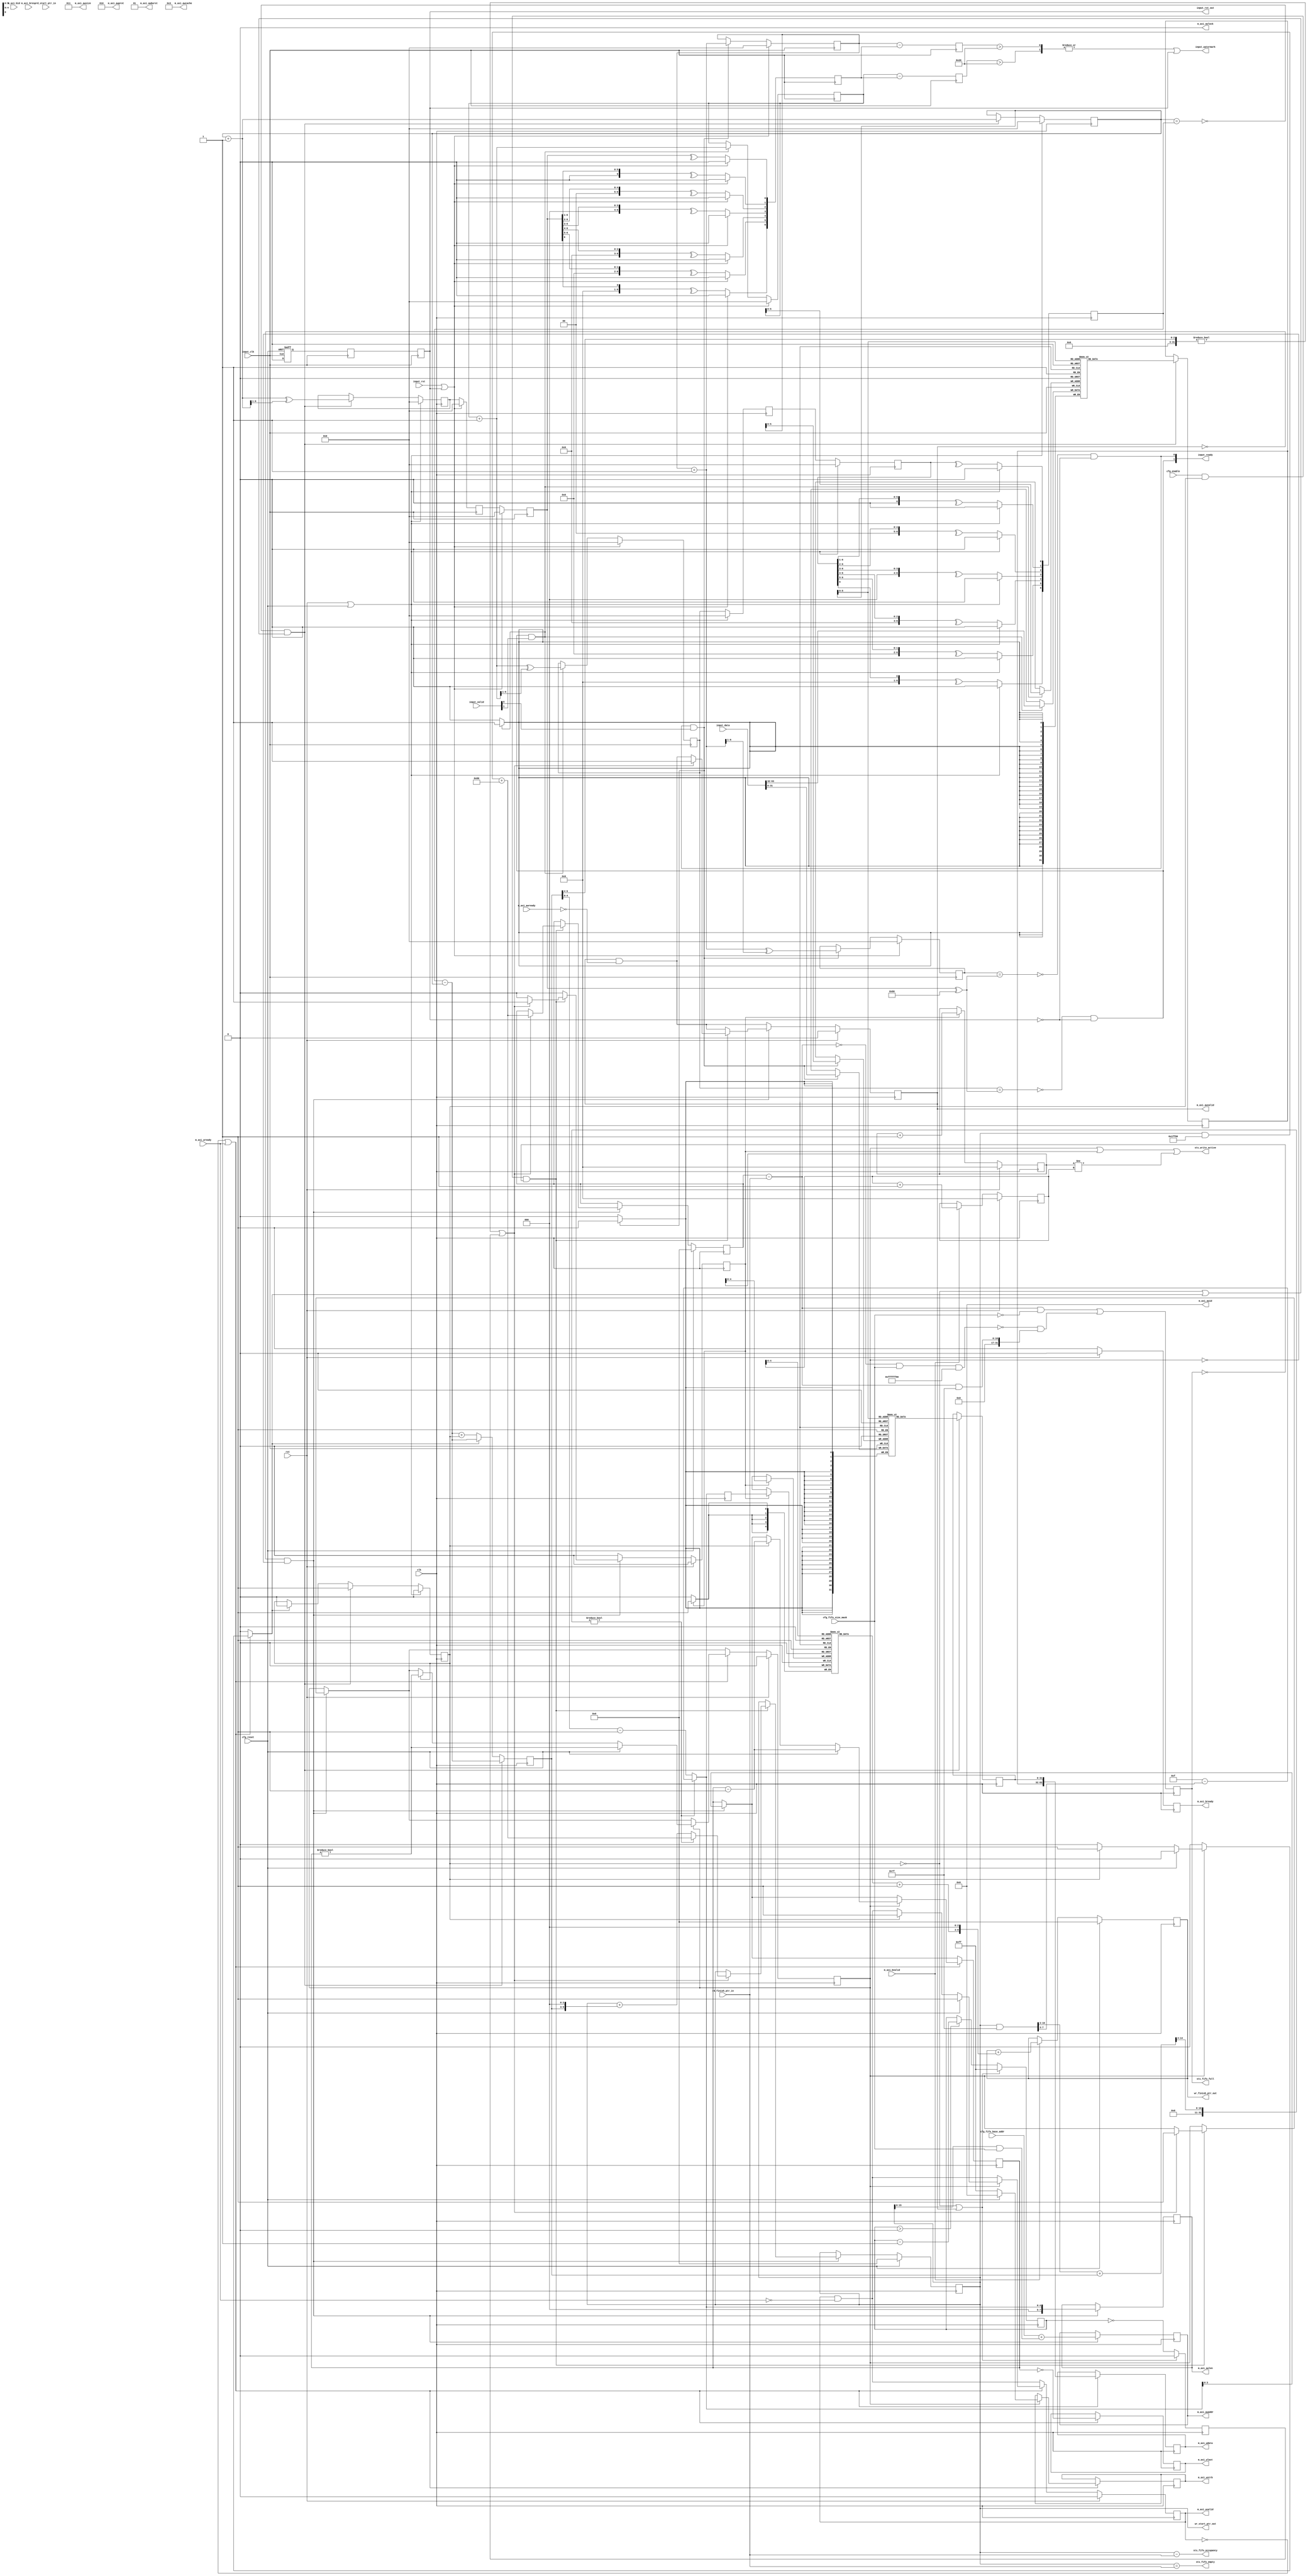
/*

Copyright (c) 2023 Alex Forencich

Permission is hereby granted, free of charge, to any person obtaining a copy
of this software and associated documentation files (the "Software"), to deal
in the Software without restriction, including without limitation the rights
to use, copy, modify, merge, publish, distribute, sublicense, and/or sell
copies of the Software, and to permit persons to whom the Software is
furnished to do so, subject to the following conditions:

The above copyright notice and this permission notice shall be included in
all copies or substantial portions of the Software.

THE SOFTWARE IS PROVIDED "AS IS", WITHOUT WARRANTY OF ANY KIND, EXPRESS OR
IMPLIED, INCLUDING BUT NOT LIMITED TO THE WARRANTIES OF MERCHANTABILITY
FITNESS FOR A PARTICULAR PURPOSE AND NONINFRINGEMENT. IN NO EVENT SHALL THE
AUTHORS OR COPYRIGHT HOLDERS BE LIABLE FOR ANY CLAIM, DAMAGES OR OTHER
LIABILITY, WHETHER IN AN ACTION OF CONTRACT, TORT OR OTHERWISE, ARISING FROM,
OUT OF OR IN CONNECTION WITH THE SOFTWARE OR THE USE OR OTHER DEALINGS IN
THE SOFTWARE.

*/

// Language: Verilog 2001

`resetall
`timescale 1ns / 1ps
`default_nettype none

/*
 * AXI4 virtual FIFO (raw, write side)
 */
module axi_vfifo_raw_wr #
(
    // Width of input segment
    parameter SEG_WIDTH = 32,
    // Segment count
    parameter SEG_CNT = 2,
    // Width of AXI data bus in bits
    parameter AXI_DATA_WIDTH = SEG_WIDTH*SEG_CNT,
    // Width of AXI address bus in bits
    parameter AXI_ADDR_WIDTH = 16,
    // Width of AXI wstrb (width of data bus in words)
    parameter AXI_STRB_WIDTH = (AXI_DATA_WIDTH/8),
    // Width of AXI ID signal
    parameter AXI_ID_WIDTH = 8,
    // Maximum AXI burst length to generate
    parameter AXI_MAX_BURST_LEN = 16,
    // Width of length field
    parameter LEN_WIDTH = AXI_ADDR_WIDTH,
    // Input FIFO depth for AXI write data (full-width words)
    parameter WRITE_FIFO_DEPTH = 64,
    // Max AXI write burst length
    parameter WRITE_MAX_BURST_LEN = WRITE_FIFO_DEPTH/4,
    // Watermark level
    parameter WATERMARK_LEVEL = WRITE_FIFO_DEPTH/2
)
(
    input  wire                          clk,
    input  wire                          rst,

    /*
     * Segmented data input (from encode logic)
     */
    input  wire                          input_clk,
    input  wire                          input_rst,
    output wire                          input_rst_out,
    output wire                          input_watermark,
    input  wire [SEG_CNT*SEG_WIDTH-1:0]  input_data,
    input  wire [SEG_CNT-1:0]            input_valid,
    output wire [SEG_CNT-1:0]            input_ready,

    /*
     * AXI master interface
     */
    output wire [AXI_ID_WIDTH-1:0]       m_axi_awid,
    output wire [AXI_ADDR_WIDTH-1:0]     m_axi_awaddr,
    output wire [7:0]                    m_axi_awlen,
    output wire [2:0]                    m_axi_awsize,
    output wire [1:0]                    m_axi_awburst,
    output wire                          m_axi_awlock,
    output wire [3:0]                    m_axi_awcache,
    output wire [2:0]                    m_axi_awprot,
    output wire                          m_axi_awvalid,
    input  wire                          m_axi_awready,
    output wire [AXI_DATA_WIDTH-1:0]     m_axi_wdata,
    output wire [AXI_STRB_WIDTH-1:0]     m_axi_wstrb,
    output wire                          m_axi_wlast,
    output wire                          m_axi_wvalid,
    input  wire                          m_axi_wready,
    input  wire [AXI_ID_WIDTH-1:0]       m_axi_bid,
    input  wire [1:0]                    m_axi_bresp,
    input  wire                          m_axi_bvalid,
    output wire                          m_axi_bready,

    /*
     * FIFO control
     */
    output wire [LEN_WIDTH+1-1:0]        wr_start_ptr_out,
    output wire [LEN_WIDTH+1-1:0]        wr_finish_ptr_out,
    input  wire [LEN_WIDTH+1-1:0]        rd_start_ptr_in,
    input  wire [LEN_WIDTH+1-1:0]        rd_finish_ptr_in,

    /*
     * Configuration
     */
    input  wire [AXI_ADDR_WIDTH-1:0]     cfg_fifo_base_addr,
    input  wire [LEN_WIDTH-1:0]          cfg_fifo_size_mask,
    input  wire                          cfg_enable,
    input  wire                          cfg_reset,

    /*
     * Status
     */
    output wire [LEN_WIDTH+1-1:0]        sts_fifo_occupancy,
    output wire                          sts_fifo_empty,
    output wire                          sts_fifo_full,
    output wire                          sts_write_active
);

localparam AXI_BYTE_LANES = AXI_STRB_WIDTH;
localparam AXI_BYTE_SIZE = AXI_DATA_WIDTH/AXI_BYTE_LANES;
localparam AXI_BURST_SIZE = $clog2(AXI_STRB_WIDTH);
localparam AXI_MAX_BURST_SIZE = AXI_MAX_BURST_LEN << AXI_BURST_SIZE;

localparam OFFSET_ADDR_WIDTH = AXI_STRB_WIDTH > 1 ? $clog2(AXI_STRB_WIDTH) : 1;
localparam OFFSET_ADDR_MASK = AXI_STRB_WIDTH > 1 ? {OFFSET_ADDR_WIDTH{1'b1}} : 0;
localparam ADDR_MASK = {AXI_ADDR_WIDTH{1'b1}} << $clog2(AXI_STRB_WIDTH);
localparam CYCLE_COUNT_WIDTH = LEN_WIDTH - AXI_BURST_SIZE + 1;

localparam WRITE_FIFO_ADDR_WIDTH = $clog2(WRITE_FIFO_DEPTH);
localparam RESP_FIFO_ADDR_WIDTH = 5;

// mask(x) = (2**$clog2(x))-1
// log2(min(x, y, z)) = (mask & mask & mask)+1
// floor(log2(x)) = $clog2(x+1)-1
// floor(log2(min(AXI_MAX_BURST_LEN, WRITE_MAX_BURST_LEN, 2**(WRITE_FIFO_ADDR_WIDTH-1), 4096/AXI_BYTE_LANES)))
localparam WRITE_MAX_BURST_LEN_INT = ((2**($clog2(AXI_MAX_BURST_LEN+1)-1)-1) & (2**($clog2(WRITE_MAX_BURST_LEN+1)-1)-1) & (2**(WRITE_FIFO_ADDR_WIDTH-1)-1) & ((4096/AXI_BYTE_LANES)-1)) + 1;
localparam WRITE_MAX_BURST_SIZE_INT = WRITE_MAX_BURST_LEN_INT << AXI_BURST_SIZE;
localparam WRITE_BURST_LEN_WIDTH = $clog2(WRITE_MAX_BURST_LEN_INT);
localparam WRITE_BURST_ADDR_WIDTH = $clog2(WRITE_MAX_BURST_SIZE_INT);
localparam WRITE_BURST_ADDR_MASK = WRITE_BURST_ADDR_WIDTH > 1 ? {WRITE_BURST_ADDR_WIDTH{1'b1}} : 0;

// validate parameters
initial begin
    if (AXI_BYTE_SIZE * AXI_STRB_WIDTH != AXI_DATA_WIDTH) begin
        $error("Error: AXI data width not evenly divisible (instance %m)");
        $finish;
    end

    if (2**$clog2(AXI_BYTE_LANES) != AXI_BYTE_LANES) begin
        $error("Error: AXI byte lane count must be even power of two (instance %m)");
        $finish;
    end

    if (AXI_MAX_BURST_LEN < 1 || AXI_MAX_BURST_LEN > 256) begin
        $error("Error: AXI_MAX_BURST_LEN must be between 1 and 256 (instance %m)");
        $finish;
    end

    if (SEG_CNT * SEG_WIDTH != AXI_DATA_WIDTH) begin
        $error("Error: Width mismatch (instance %m)");
        $finish;
    end
end

localparam [1:0]
    AXI_RESP_OKAY = 2'b00,
    AXI_RESP_EXOKAY = 2'b01,
    AXI_RESP_SLVERR = 2'b10,
    AXI_RESP_DECERR = 2'b11;

reg [AXI_ADDR_WIDTH-1:0] m_axi_awaddr_reg = {AXI_ADDR_WIDTH{1'b0}}, m_axi_awaddr_next;
reg [7:0] m_axi_awlen_reg = 8'd0, m_axi_awlen_next;
reg m_axi_awvalid_reg = 1'b0, m_axi_awvalid_next;
reg [AXI_DATA_WIDTH-1:0] m_axi_wdata_reg = {AXI_DATA_WIDTH{1'b0}}, m_axi_wdata_next;
reg [AXI_STRB_WIDTH-1:0] m_axi_wstrb_reg = {AXI_STRB_WIDTH{1'b0}}, m_axi_wstrb_next;
reg m_axi_wlast_reg = 1'b0, m_axi_wlast_next;
reg m_axi_wvalid_reg = 1'b0, m_axi_wvalid_next;
reg m_axi_bready_reg = 1'b0, m_axi_bready_next;

assign m_axi_awid = {AXI_ID_WIDTH{1'b0}};
assign m_axi_awaddr = m_axi_awaddr_reg;
assign m_axi_awlen = m_axi_awlen_reg;
assign m_axi_awsize = AXI_BURST_SIZE;
assign m_axi_awburst = 2'b01;
assign m_axi_awlock = 1'b0;
assign m_axi_awcache = 4'b0011;
assign m_axi_awprot = 3'b010;
assign m_axi_awvalid = m_axi_awvalid_reg;
assign m_axi_wdata = m_axi_wdata_reg;
assign m_axi_wstrb = m_axi_wstrb_reg;
assign m_axi_wvalid = m_axi_wvalid_reg;
assign m_axi_wlast = m_axi_wlast_reg;
assign m_axi_bready = m_axi_bready_reg;

// reset synchronization
wire rst_req_int = cfg_reset;

(* shreg_extract = "no" *)
reg rst_sync_1_reg = 1'b1,  rst_sync_2_reg = 1'b1, rst_sync_3_reg = 1'b1;

assign input_rst_out = rst_sync_3_reg;

always @(posedge input_clk or posedge rst_req_int) begin
    if (rst_req_int) begin
        rst_sync_1_reg <= 1'b1;
    end else begin
        rst_sync_1_reg <= 1'b0;
    end
end

always @(posedge input_clk) begin
    rst_sync_2_reg <= rst_sync_1_reg;
    rst_sync_3_reg <= rst_sync_2_reg;
end

// input datapath logic (write data)
wire [AXI_DATA_WIDTH-1:0] input_data_int;
reg input_valid_int_reg = 1'b0;

reg input_read_en;

wire [WRITE_FIFO_ADDR_WIDTH+1-1:0] write_fifo_wr_ptr;
wire [WRITE_FIFO_ADDR_WIDTH+1-1:0] write_fifo_wr_ptr_gray;
reg [WRITE_FIFO_ADDR_WIDTH+1-1:0] write_fifo_rd_ptr_reg = 0;
reg [WRITE_FIFO_ADDR_WIDTH+1-1:0] write_fifo_rd_ptr_gray_reg = 0;

reg [WRITE_FIFO_ADDR_WIDTH+1-1:0] write_fifo_rd_ptr_temp;

(* shreg_extract = "no" *)
reg [WRITE_FIFO_ADDR_WIDTH+1-1:0] write_fifo_wr_ptr_gray_sync_1_reg = 0;
(* shreg_extract = "no" *)
reg [WRITE_FIFO_ADDR_WIDTH+1-1:0] write_fifo_wr_ptr_gray_sync_2_reg = 0;
reg [WRITE_FIFO_ADDR_WIDTH+1-1:0] write_fifo_wr_ptr_sync_reg = 0;

(* shreg_extract = "no" *)
reg [WRITE_FIFO_ADDR_WIDTH+1-1:0] write_fifo_rd_ptr_gray_sync_1_reg = 0;
(* shreg_extract = "no" *)
reg [WRITE_FIFO_ADDR_WIDTH+1-1:0] write_fifo_rd_ptr_gray_sync_2_reg = 0;
reg [WRITE_FIFO_ADDR_WIDTH+1-1:0] write_fifo_rd_ptr_sync_reg = 0;

reg [WRITE_FIFO_ADDR_WIDTH+1-1:0] write_fifo_occupancy_reg = 0;

wire [SEG_CNT-1:0] write_fifo_seg_full;
wire [SEG_CNT-1:0] write_fifo_seg_empty;
wire [SEG_CNT-1:0] write_fifo_seg_watermark;

wire write_fifo_full = |write_fifo_seg_full;
wire write_fifo_empty = |write_fifo_seg_empty;

assign input_watermark = |write_fifo_seg_watermark | input_rst_out;

genvar n;
integer k;

generate

for (n = 0; n < SEG_CNT; n = n + 1) begin : write_fifo_seg

    reg [WRITE_FIFO_ADDR_WIDTH+1-1:0] seg_wr_ptr_reg = 0;
    reg [WRITE_FIFO_ADDR_WIDTH+1-1:0] seg_wr_ptr_gray_reg = 0;

    reg [WRITE_FIFO_ADDR_WIDTH+1-1:0] seg_wr_ptr_temp;

    reg [WRITE_FIFO_ADDR_WIDTH+1-1:0] seg_occupancy_reg = 0;

    (* ram_style = "distributed", ramstyle = "no_rw_check, mlab" *)
    reg [SEG_WIDTH-1:0] seg_mem_data[2**WRITE_FIFO_ADDR_WIDTH-1:0];

    reg [SEG_WIDTH-1:0] seg_rd_data_reg = 0;

    wire seg_full = seg_wr_ptr_gray_reg == (write_fifo_rd_ptr_gray_sync_2_reg ^ {2'b11, {WRITE_FIFO_ADDR_WIDTH-1{1'b0}}});
    wire seg_empty = write_fifo_rd_ptr_reg == write_fifo_wr_ptr_sync_reg;
    wire seg_watermark = seg_occupancy_reg > WATERMARK_LEVEL;

    assign input_data_int[n*SEG_WIDTH +: SEG_WIDTH] = seg_rd_data_reg;

    assign input_ready[n] = !seg_full && !input_rst_out;

    assign write_fifo_seg_full[n] = seg_full;
    assign write_fifo_seg_empty[n] = seg_empty;
    assign write_fifo_seg_watermark[n] = seg_watermark;

    if (n == SEG_CNT-1) begin
        assign write_fifo_wr_ptr = seg_wr_ptr_reg;
        assign write_fifo_wr_ptr_gray = seg_wr_ptr_gray_reg;
    end

    // per-segment write logic
    always @(posedge input_clk) begin
        seg_occupancy_reg <= seg_wr_ptr_reg - write_fifo_rd_ptr_sync_reg;

        if (input_ready[n] && input_valid[n]) begin
            seg_mem_data[seg_wr_ptr_reg[WRITE_FIFO_ADDR_WIDTH-1:0]] <= input_data[n*SEG_WIDTH +: SEG_WIDTH];

            seg_wr_ptr_temp = seg_wr_ptr_reg + 1;
            seg_wr_ptr_reg <= seg_wr_ptr_temp;
            seg_wr_ptr_gray_reg <= seg_wr_ptr_temp ^ (seg_wr_ptr_temp >> 1);
        end

        if (input_rst || input_rst_out) begin
            seg_wr_ptr_reg <= 0;
            seg_wr_ptr_gray_reg <= 0;
        end
    end

    always @(posedge clk) begin
        if (!write_fifo_empty && (!input_valid_int_reg || input_read_en)) begin
            seg_rd_data_reg <= seg_mem_data[write_fifo_rd_ptr_reg[WRITE_FIFO_ADDR_WIDTH-1:0]];
        end
    end

end

endgenerate

// pointer synchronization
always @(posedge input_clk) begin
    write_fifo_rd_ptr_gray_sync_1_reg <= write_fifo_rd_ptr_gray_reg;
    write_fifo_rd_ptr_gray_sync_2_reg <= write_fifo_rd_ptr_gray_sync_1_reg;

    for (k = 0; k < WRITE_FIFO_ADDR_WIDTH+1; k = k + 1) begin
        write_fifo_rd_ptr_sync_reg[k] <= ^(write_fifo_rd_ptr_gray_sync_2_reg >> k);
    end

    if (input_rst || input_rst_out) begin
        write_fifo_rd_ptr_gray_sync_1_reg <= 0;
        write_fifo_rd_ptr_gray_sync_2_reg <= 0;
        write_fifo_rd_ptr_sync_reg <= 0;
    end
end

always @(posedge clk) begin
    write_fifo_wr_ptr_gray_sync_1_reg <= write_fifo_wr_ptr_gray;
    write_fifo_wr_ptr_gray_sync_2_reg <= write_fifo_wr_ptr_gray_sync_1_reg;

    for (k = 0; k < WRITE_FIFO_ADDR_WIDTH+1; k = k + 1) begin
        write_fifo_wr_ptr_sync_reg[k] <= ^(write_fifo_wr_ptr_gray_sync_2_reg >> k);
    end

    if (rst || cfg_reset) begin
        write_fifo_wr_ptr_gray_sync_1_reg <= 0;
        write_fifo_wr_ptr_gray_sync_2_reg <= 0;
        write_fifo_wr_ptr_sync_reg <= 0;
    end
end

// read logic
always @(posedge clk) begin
    write_fifo_occupancy_reg <= write_fifo_wr_ptr_sync_reg - write_fifo_rd_ptr_reg + input_valid_int_reg;

    if (input_read_en) begin
        input_valid_int_reg <= 1'b0;
        write_fifo_occupancy_reg <= write_fifo_wr_ptr_sync_reg - write_fifo_rd_ptr_reg;
    end

    if (!write_fifo_empty && (!input_valid_int_reg || input_read_en)) begin
        input_valid_int_reg <= 1'b1;

        write_fifo_rd_ptr_temp = write_fifo_rd_ptr_reg + 1;
        write_fifo_rd_ptr_reg <= write_fifo_rd_ptr_temp;
        write_fifo_rd_ptr_gray_reg <= write_fifo_rd_ptr_temp ^ (write_fifo_rd_ptr_temp >> 1);

        write_fifo_occupancy_reg <= write_fifo_wr_ptr_sync_reg - write_fifo_rd_ptr_reg;
    end

    if (rst || cfg_reset) begin
        write_fifo_rd_ptr_reg <= 0;
        write_fifo_rd_ptr_gray_reg <= 0;
        input_valid_int_reg <= 1'b0;
    end
end

reg [WRITE_BURST_LEN_WIDTH+1-1:0] wr_burst_len;
reg [LEN_WIDTH+1-1:0] wr_start_ptr;
reg [LEN_WIDTH+1-1:0] wr_start_ptr_blk_adj;
reg wr_burst_reg = 1'b0, wr_burst_next;
reg [WRITE_BURST_LEN_WIDTH-1:0] wr_burst_len_reg = 0, wr_burst_len_next;
reg [7:0] wr_timeout_count_reg = 0, wr_timeout_count_next;
reg wr_timeout_reg = 0, wr_timeout_next;
reg fifo_full_wr_blk_adj_reg = 1'b0, fifo_full_wr_blk_adj_next;

reg [LEN_WIDTH+1-1:0] wr_start_ptr_reg = 0, wr_start_ptr_next;
reg [LEN_WIDTH+1-1:0] wr_start_ptr_blk_adj_reg = 0, wr_start_ptr_blk_adj_next;
reg [LEN_WIDTH+1-1:0] wr_finish_ptr_reg = 0, wr_finish_ptr_next;

reg resp_fifo_we_reg = 1'b0, resp_fifo_we_next;
reg [RESP_FIFO_ADDR_WIDTH+1-1:0] resp_fifo_wr_ptr_reg = 0;
reg [RESP_FIFO_ADDR_WIDTH+1-1:0] resp_fifo_rd_ptr_reg = 0, resp_fifo_rd_ptr_next;
reg [WRITE_BURST_LEN_WIDTH+1-1:0] resp_fifo_burst_len[(2**RESP_FIFO_ADDR_WIDTH)-1:0];
reg [WRITE_BURST_LEN_WIDTH+1-1:0] resp_fifo_wr_burst_len_reg = 0, resp_fifo_wr_burst_len_next;

assign wr_start_ptr_out = wr_start_ptr_reg;
assign wr_finish_ptr_out = wr_finish_ptr_reg;

// FIFO occupancy using adjusted write start pointer
wire [LEN_WIDTH+1-1:0] fifo_occupancy_wr_blk_adj = wr_start_ptr_blk_adj_reg - rd_finish_ptr_in;
// FIFO full indication - no space to start writing a complete block
wire fifo_full_wr_blk_adj = (fifo_occupancy_wr_blk_adj & ~cfg_fifo_size_mask) || ((~fifo_occupancy_wr_blk_adj & cfg_fifo_size_mask & ~WRITE_BURST_ADDR_MASK) == 0 && (fifo_occupancy_wr_blk_adj & WRITE_BURST_ADDR_MASK));

// FIFO occupancy (including all in-progress reads and writes)
assign sts_fifo_occupancy = wr_start_ptr_reg - rd_finish_ptr_in;
// FIFO empty (including all in-progress reads and writes)
assign sts_fifo_empty = wr_start_ptr_reg == rd_finish_ptr_in;
// FIFO full
assign sts_fifo_full = fifo_full_wr_blk_adj_reg;

assign sts_write_active = wr_burst_reg || resp_fifo_we_reg || (resp_fifo_wr_ptr_reg != resp_fifo_rd_ptr_reg);

// write logic
always @* begin
    wr_start_ptr_next = wr_start_ptr_reg;
    wr_start_ptr_blk_adj_next = wr_start_ptr_blk_adj_reg;
    wr_finish_ptr_next = wr_finish_ptr_reg;

    wr_burst_next = wr_burst_reg;
    wr_burst_len_next = wr_burst_len_reg;
    wr_timeout_count_next = wr_timeout_count_reg;
    wr_timeout_next = wr_timeout_reg;

    fifo_full_wr_blk_adj_next = fifo_full_wr_blk_adj;

    resp_fifo_we_next = 1'b0;
    resp_fifo_rd_ptr_next = resp_fifo_rd_ptr_reg;
    resp_fifo_wr_burst_len_next = wr_burst_len_reg;

    input_read_en = 1'b0;

    m_axi_awaddr_next = m_axi_awaddr_reg;
    m_axi_awlen_next = m_axi_awlen_reg;
    m_axi_awvalid_next = m_axi_awvalid_reg && !m_axi_awready;

    m_axi_wdata_next = m_axi_wdata_reg;
    m_axi_wstrb_next = m_axi_wstrb_reg;
    m_axi_wlast_next = m_axi_wlast_reg;
    m_axi_wvalid_next = m_axi_wvalid_reg && !m_axi_wready;

    m_axi_bready_next = 1'b0;

    // partial burst timeout handling
    wr_timeout_next = wr_timeout_count_reg == 0;
    if (!input_valid_int_reg || m_axi_awvalid) begin
        wr_timeout_count_next = 8'hff;
        wr_timeout_next = 1'b0;
    end else if (wr_timeout_count_reg > 0) begin
        wr_timeout_count_next = wr_timeout_count_reg - 1;
    end

    // compute length based on input FIFO occupancy
    if ((((wr_start_ptr_reg & WRITE_BURST_ADDR_MASK) >> AXI_BURST_SIZE) + write_fifo_occupancy_reg) >> WRITE_BURST_LEN_WIDTH != 0) begin
        // crosses burst boundary, write up to burst boundary
        wr_burst_len = WRITE_MAX_BURST_LEN_INT-1 - ((wr_start_ptr_reg & WRITE_BURST_ADDR_MASK) >> AXI_BURST_SIZE);
        wr_start_ptr = (wr_start_ptr_reg & ~WRITE_BURST_ADDR_MASK) + (1 << WRITE_BURST_ADDR_WIDTH);
        wr_start_ptr_blk_adj = (wr_start_ptr_reg & ~WRITE_BURST_ADDR_MASK) + (1 << WRITE_BURST_ADDR_WIDTH);
    end else begin
        // does not cross burst boundary, write available data
        wr_burst_len = write_fifo_occupancy_reg-1;
        wr_start_ptr = wr_start_ptr_reg + (write_fifo_occupancy_reg << AXI_BURST_SIZE);
        wr_start_ptr_blk_adj = (wr_start_ptr_reg & ~WRITE_BURST_ADDR_MASK) + (1 << WRITE_BURST_ADDR_WIDTH);
    end

    resp_fifo_wr_burst_len_next = wr_burst_len;

    // generate AXI write bursts
    if (!m_axi_awvalid_reg && !wr_burst_reg) begin
        // ready to start new burst

        wr_burst_len_next = wr_burst_len;

        m_axi_awaddr_next = cfg_fifo_base_addr + (wr_start_ptr_reg & cfg_fifo_size_mask);
        m_axi_awlen_next = wr_burst_len;

        if (cfg_enable && input_valid_int_reg && !fifo_full_wr_blk_adj_reg) begin
            // enabled, have data to write, have space for data
            if ((write_fifo_occupancy_reg) >> WRITE_BURST_LEN_WIDTH != 0 || wr_timeout_reg) begin
                // have full burst or timed out
                wr_burst_next = 1'b1;
                m_axi_awvalid_next = 1'b1;
                resp_fifo_we_next = 1'b1;
                wr_start_ptr_next = wr_start_ptr;
                wr_start_ptr_blk_adj_next = wr_start_ptr_blk_adj;
            end
        end
    end

    if (!m_axi_wvalid_reg || m_axi_wready) begin
        // transfer data
        m_axi_wdata_next = input_data_int;
        m_axi_wlast_next = wr_burst_len_reg == 0;

        if (wr_burst_reg) begin
            m_axi_wstrb_next = {AXI_STRB_WIDTH{1'b1}};
            if (cfg_reset) begin
                m_axi_wstrb_next = 0;
                m_axi_wvalid_next = 1'b1;
                wr_burst_len_next = wr_burst_len_reg - 1;
                wr_burst_next = wr_burst_len_reg != 0;
            end else if (input_valid_int_reg) begin
                input_read_en = 1'b1;
                m_axi_wvalid_next = 1'b1;
                wr_burst_len_next = wr_burst_len_reg - 1;
                wr_burst_next = wr_burst_len_reg != 0;
            end
        end
    end

    // handle AXI write completions
    m_axi_bready_next = 1'b1;
    if (m_axi_bvalid) begin
        wr_finish_ptr_next = wr_finish_ptr_reg + ((resp_fifo_burst_len[resp_fifo_rd_ptr_reg[RESP_FIFO_ADDR_WIDTH-1:0]]+1) << AXI_BURST_SIZE);
        resp_fifo_rd_ptr_next = resp_fifo_rd_ptr_reg + 1;
    end

    if (cfg_reset) begin
        wr_start_ptr_next = 0;
        wr_start_ptr_blk_adj_next = 0;
        wr_finish_ptr_next = 0;
    end
end

always @(posedge clk) begin
    wr_start_ptr_reg <= wr_start_ptr_next;
    wr_start_ptr_blk_adj_reg <= wr_start_ptr_blk_adj_next;
    wr_finish_ptr_reg <= wr_finish_ptr_next;

    wr_burst_reg <= wr_burst_next;
    wr_burst_len_reg <= wr_burst_len_next;
    wr_timeout_count_reg <= wr_timeout_count_next;
    wr_timeout_reg <= wr_timeout_next;
    fifo_full_wr_blk_adj_reg <= fifo_full_wr_blk_adj_next;

    m_axi_awaddr_reg <= m_axi_awaddr_next;
    m_axi_awlen_reg <= m_axi_awlen_next;
    m_axi_awvalid_reg <= m_axi_awvalid_next;

    m_axi_wdata_reg <= m_axi_wdata_next;
    m_axi_wstrb_reg <= m_axi_wstrb_next;
    m_axi_wlast_reg <= m_axi_wlast_next;
    m_axi_wvalid_reg <= m_axi_wvalid_next;

    m_axi_bready_reg <= m_axi_bready_next;

    resp_fifo_we_reg <= resp_fifo_we_next;
    resp_fifo_wr_burst_len_reg <= resp_fifo_wr_burst_len_next;

    if (resp_fifo_we_reg) begin
        resp_fifo_burst_len[resp_fifo_wr_ptr_reg[RESP_FIFO_ADDR_WIDTH-1:0]] <= resp_fifo_wr_burst_len_reg;
        resp_fifo_wr_ptr_reg <= resp_fifo_wr_ptr_reg + 1;
    end
    resp_fifo_rd_ptr_reg <= resp_fifo_rd_ptr_next;

    if (rst) begin
        wr_burst_reg <= 1'b0;
        m_axi_awvalid_reg <= 1'b0;
        m_axi_wvalid_reg <= 1'b0;
        m_axi_bready_reg <= 1'b0;
        resp_fifo_we_reg <= 1'b0;
        resp_fifo_wr_ptr_reg <= 0;
        resp_fifo_rd_ptr_reg <= 0;
    end
end

endmodule

`resetall